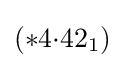
(*4{\cdot }42_{1})